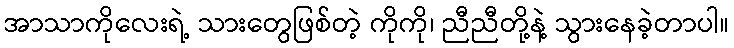
အာသာကိုလေးရဲ့ သားတွေဖြစ်တဲ့ ကိုကို၊ ညီညီတို့နဲ့ သွားနေခဲ့တာပါ။